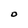
Character: O